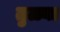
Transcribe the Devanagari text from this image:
तुळ्या